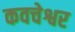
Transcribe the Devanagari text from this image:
कवचेश्वर